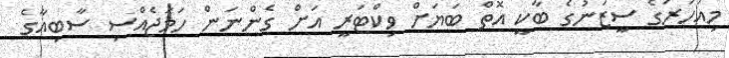
މިއަހަރުގެ ސީޒަނުގެ ބާކީ އޮތް ބަޔަށް ވިކްޓަރީ އަށް ގެންނަން ހަމަޖެއްސި ސާބިއާގެ